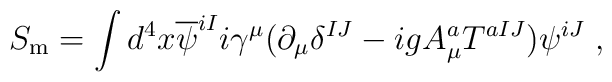
S_{\mathrm{m}}=\int d^{4}x\overline{\psi }^{iI}i\gamma ^{\mu }(\partial_{\mu }\delta ^{IJ}-igA_{\mu }^{a}T^{aIJ})\psi ^{iJ}\;,